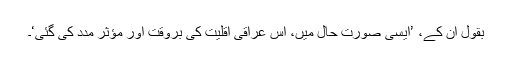
بقول اُن کے، ’ایسی صورت حال میں، اس عراقی اقلیت کی بروقت اور مؤثر مدد کی گئی‘۔